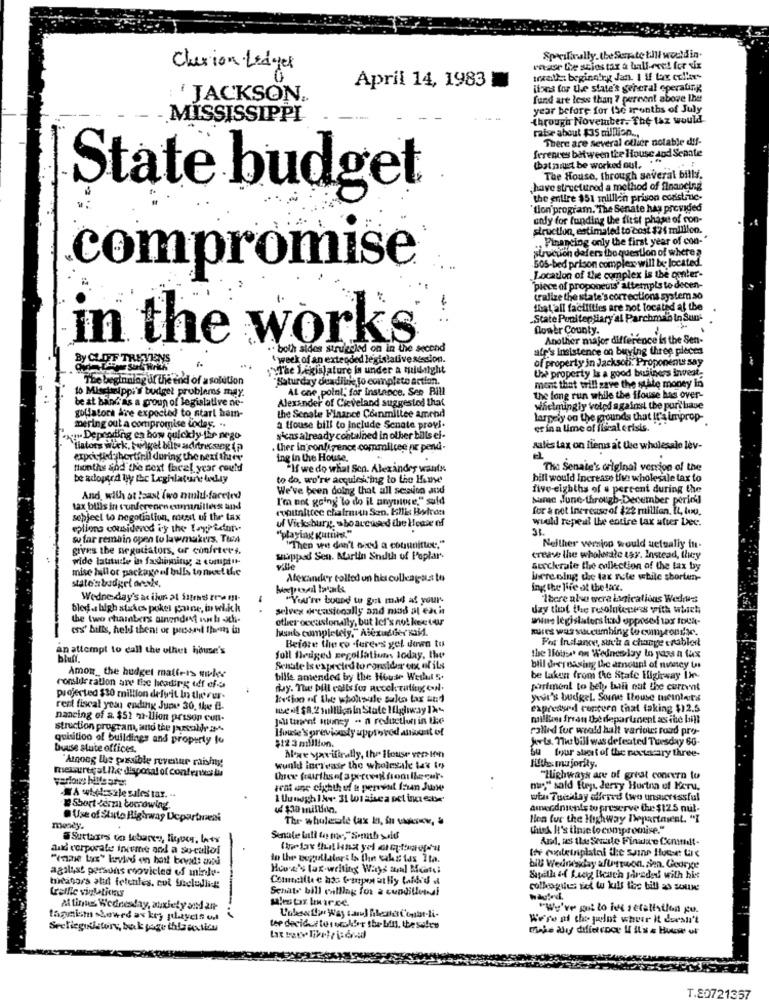
Specifically the Serate tili would in
Clarion Ledges
rease Ce stios tax & bull-evet for six
traits: beginning Jan. I If Lox collar
April 14, 1983
itses for the state's general operating
' JACKSON ..
fund are less than ? percent above the
year before for Ise ironths of July
MISSISSIPPI
through Noveluber. The taz would
raise about $35 million ...
There are several ollier notable dif-
ferences between the House and Senate
that must be worked out. . "
The House, through several bills.
State budget
chave structured a method of financing
the entire $51 million prison construc-
tion'program. The Senate has provided
only for funding the first phase of con-
struction, estimated to cost $26 million.
Financing only the first year of con-
505-bed prison complex will be located.
struction delers ibo question of where a
compromise
Location of the complex is the center-
"piece of proponeis' attempts to decen-
cralize the state's corrections system .so
that all facilities are not located at the
.State Penitentiary'al Parchman in Sun-
flower County.
in the works
Another major difference is the Sen-
. both sides strucked on in the second
afp's insistence on buying three pièces
By CLIFF THEVIENS
week of an extended legislative session.
of property in Jackson. Proponents say
""The Legislature in under a midnight
the property Is a good business invest.
The beginning at the end of a solution
"Saturday deadline fo complete action.
met that will save the state money in
10 Mississippi's budget problems may.
Al one point, for instance. Sen BIU
be at band as a group of legislative ne-
the long run while the flouse has over-
golfstora Are expected to start ham-
Alexander of Cicveland suggested that
whetmingly voted against the puri baue
the Senate Finance Conmillee amend
largely on the grounds that It's improp-
mering out a compromise today. ..
a House bill to include Senate provi.
er in a lime of itical crisis.
qui Depcoding en bow quickly the nego
sieas already contained in olber bills el-
tiators wick. beigel blin addressog ip
. ther in continence commituse ne perli-
sales tax on liems at the wholesale lev-
expected hortiril during the next ther
ing in the House.
thonthe and the next fheel year could
"If we do what Son. Alexander wants
The Senate's original version of the
be adopted by the Legislature dolly
to do. we're acquiescing to the House
bill would Increase tivs wholesale tax to
We've been doing that all session and
five-eighths of u percent during the
And, with at least two nuld-faceted
I'm not going to do il anymitce," said
same .June-through-December peric'
tax bills in sunference cumanilles and
for & net increase of $22 million. It, too.
subject to negotiation, meest uf the tax
would repeal the entire tax atver Dec.
eplions considered if the typedinn.
uf Vicksburg, who areused the House of
so far remain open to lawmakers. Twee
"playing Kuttil."
gives the negotiators, ar confrtert.
"Then we don't bied a couunitter."
Neither version would actually in-
wide latitude in fashinning a comptur-
sipped Sen. Martin Shith of Poplar-
creav lhe wholesale asy. Instead, they
mise hillor package el bills to meet the
ville
seccherate the collection of the tax by
state'sbudget anske.
Mexander tolled un his colleagues to
Where ning the tax rote while sborten-
ing the lie of the lax.
Wednesday's ac ilor at Sitras tre !!!-
"You're bound to get mad at your-
Ibere also were lanicallons Wedrws
bled as high stakes poker parne, in which
selves occasionally and mos at each
dzy that the resolniecens with which
the two chambers sinondont suweb -st-
other occasionally, but let's not kee tur
Wins legislators husd opprsei tax Ioea-
(s' bills, held then! or pussrl theman in
hunt completely," Alezusder kail.
Tures was succumbing lo comptondie.
For Instance, such a change srubler
an attempt to call the ulhet house's
Before the co -forers gel down to
bluff.
foll fledged zegollatiuns today, the
the House' on Wednesday lo yass a tax
Senate Is expected to ronssida ox of its
bill decreasing the amount of nussey tas
Amon_ the hodget matters soler
bille amended by the House Werkt 5.
be taken from the State Highway Im-
consideration are the heading ief efo
muy. The bill calls for mecck Tatin Nl.
partment to bety, butli cat the curevit
projected $30 million delvit In the rus-
Bution of the wholesale sales tax and
ywit's budgel. Soune Itouse meintets
rest fiscal year ending Jupe. 30, the i-
expressed contorn that taking $12.5
Dancing of a. $52 m llion prison cun-
Jou tient suisy - a reduction in the
millune frean Ut department as ine bili
struction program, and the parsoldr s-
House'S previously approved alist of
rolled for weald halt various road pro-
quisition of buildings and property lu
$12 3 million.
forts. The bill was defeated Tuesday 60-
buuse stute offices.
Nowe yavifinally, the Itouse vers Inn
Atnong the passible revenue raisiny
bu four sheet of the poctacary three-
mougregat lhe disposal of contents lu
wunld increase the wholesale tas to
Hlthe majority
"Highways are of great concern to
no" sold ften, Jerry Hurton of Meru,
A wtessile sales tar. ..
wta Tueklay offered (wo unsuicrissful
E Short derzu borrowing
Amecdnichts to preserve the $125 nul-
Use of State Highway Department
The wholeole (ax k, fu vanv, &
Hen fur the Highway Departawest. "I
meaty.
chick It's time to compromise."
Sutures to lebares, figues, les
And, is thee Senaste Finala e Consult-
and corporate inieme and a so-cullol
for cvetetniplatof the saine House: Uc
agalyst persons roovicled of minlu-
House's lar-writing Ways and Music
bil Wednesday afUtruon. sie. George
Calle viations
Schate bill onlling for a cupdillonsi
colkogut; fel lo kis the bill as souwe
Mtinus Wednesday, anxiety and an
"We've got lo ind setalistlon gu.
lagunism showed as key players el
We're of the julot whear It doesn't
Svetiegilstory, bak toge thla wiiu
tee decided to 1 ocakfor the bill, thesefew
1.8072
1357